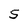
Character: S